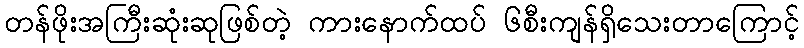
တန်ဖိုးအကြီးဆုံးဆုဖြစ်တဲ့ ကားနောက်ထပ် ၆စီးကျန်ရှိသေးတာကြောင့်